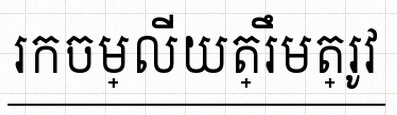
រកចម្លើយត្រឹមត្រូវ